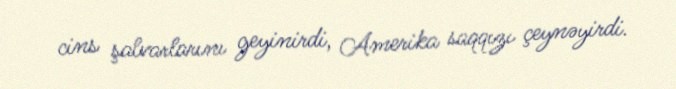
cins şalvarlarını geyinirdi, Amerika saqqızı çeynəyirdi.